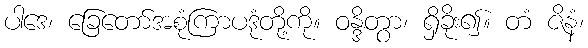
ပါဒေ၊ ခြေတော်အစုံကြာပဒုံတို့ကို။ ဝန္ဒိတွာ၊ ရှိခိုး၍။ တံ ဇိနံ၊